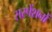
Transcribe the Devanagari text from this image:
सस्पेंशनों